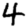
Digit: 4